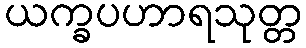
ယက္ခပဟာရသုတ္တ